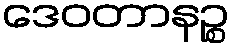
ဒေဝတာနဉ္စ